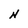
Character: N